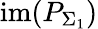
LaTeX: \mathrm{im}(P_{\Sigma_{1}})